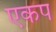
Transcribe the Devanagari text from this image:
एकप